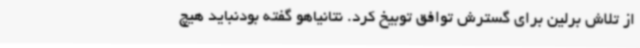
از تلاش برلین برای گسترش توافق توبیخ کرد. نتانیاهو گفته بودنباید هیچ